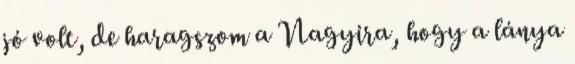
jó volt, de haragszom a Nagyira, hogy a lánya